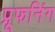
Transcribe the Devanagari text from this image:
प्रूफनिंग